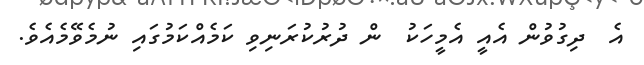
އެ  ދިގުވުން އެއީ އެމީހަކު  ން ދުރުކުރަނިވި ކަމެއްކަމުގައި ނުމެވޭމެއެވެ.